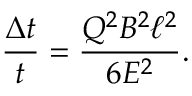
\frac { \Delta t } { t } = \frac { Q ^ { 2 } B ^ { 2 } \ell ^ { 2 } } { 6 E ^ { 2 } } .